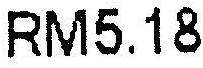
RM5.18